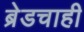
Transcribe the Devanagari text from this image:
ब्रेडचाही